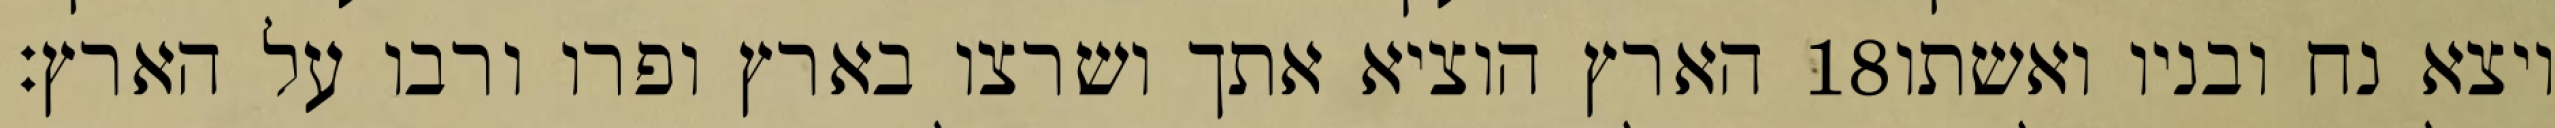
הארץ הוציא אתך ושרצו בארץ ופרו ורבו על הארץ׃ ‎18‏ ויצא נח ובניו ואשתו